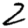
Digit: 2